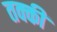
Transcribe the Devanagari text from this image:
तक्की